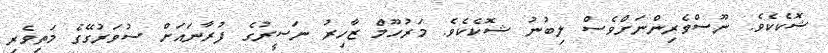
ޝޮކެކެވެ. ނޫސްވެރިންނަށްވެސް ލިބުނު ޝޮކެކެވެ. މަރުހޫމް ޒާހިރު ނަސީރުގެ ފުރާނައަށް ސުވަރުގޭގެ މަތިވެރި